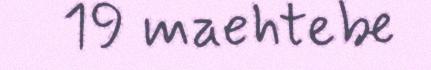
19 maehtebe